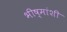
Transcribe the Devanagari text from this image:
भीष्मांशी